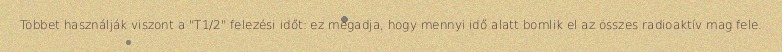
Többet használják viszont a "T1/2" felezési időt: ez megadja, hogy mennyi idő alatt bomlik el az összes radioaktív mag fele.